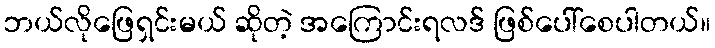
ဘယ်လိုဖြေရှင်းမယ် ဆိုတဲ့ အကြောင်းရလဒ် ဖြစ်ပေါ်စေပါတယ်။